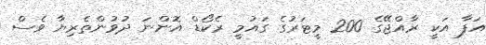
އަފާ އަކީ ރާއްޖޭގެ 200 މީޓަރުގެ ގައުމީ ރެކޯޑް އޮންނަ ދުވުންތެރިޔާ ވެސް